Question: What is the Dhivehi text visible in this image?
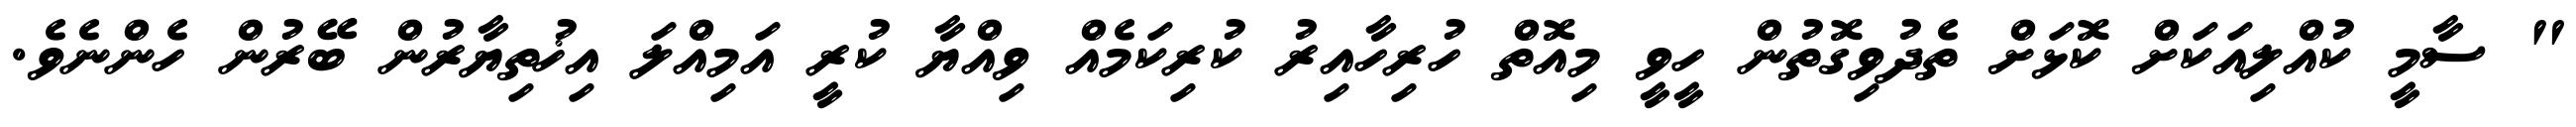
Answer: " ސާމީ ކުއްލިއަކަށް ކޮޅަށް ތެދުވިގޮތުން ހީވީ މިއޮތް ހުރިހާއިރު ކުރިކަމެއް ވިއްޔާ ކުރީ އަމިއްލަ އިޚުތިޔާރުން ބޭރުން ހެންނެވެ.